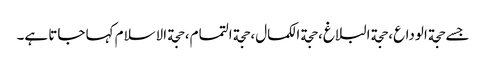
جسے حجة الوداع، حجة البلاغ، حجة الکمال، حجة التمام، حجة الاسلام کہا جاتا ہے۔